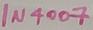
Text: IN4007